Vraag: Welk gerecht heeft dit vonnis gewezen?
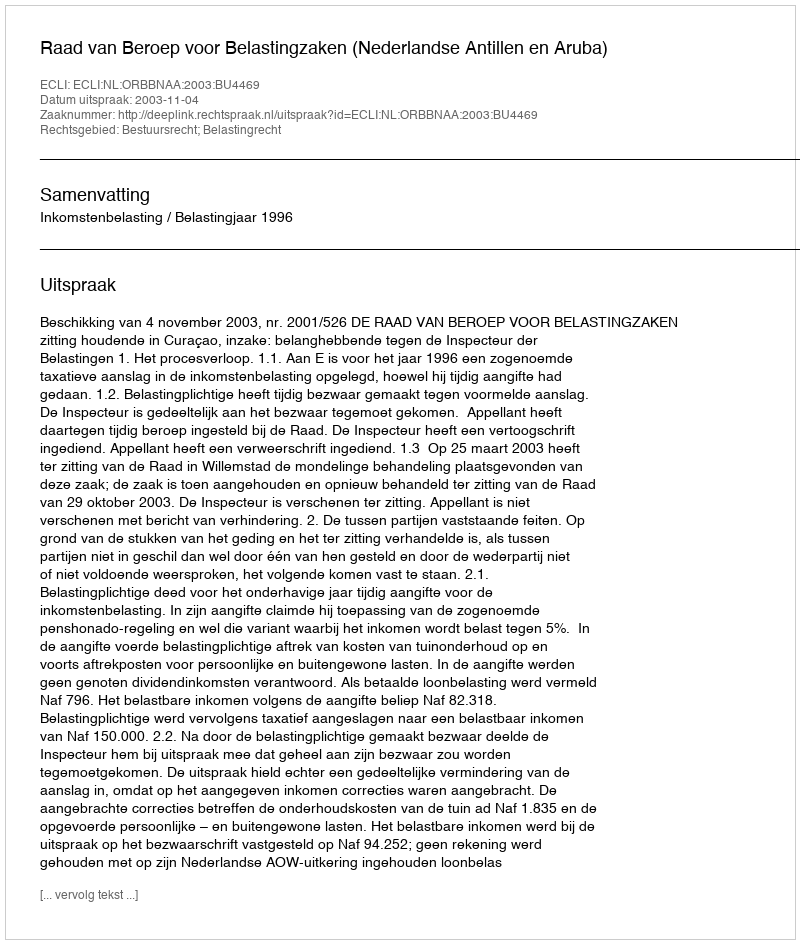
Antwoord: Raad van Beroep voor Belastingzaken (Nederlandse Antillen en Aruba)